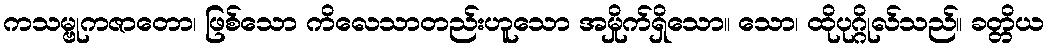
ကသမ္ဗုကဇာတော၊ ဖြစ်သော ကိလေသာတည်းဟူသော အမှိုက်ရှိသော။ သော၊ ထိုပုဂ္ဂိုလ်သည်။ ခတ္တိယ